Medical and sanitary report of the native army of Bengal for the year
Year: 1877
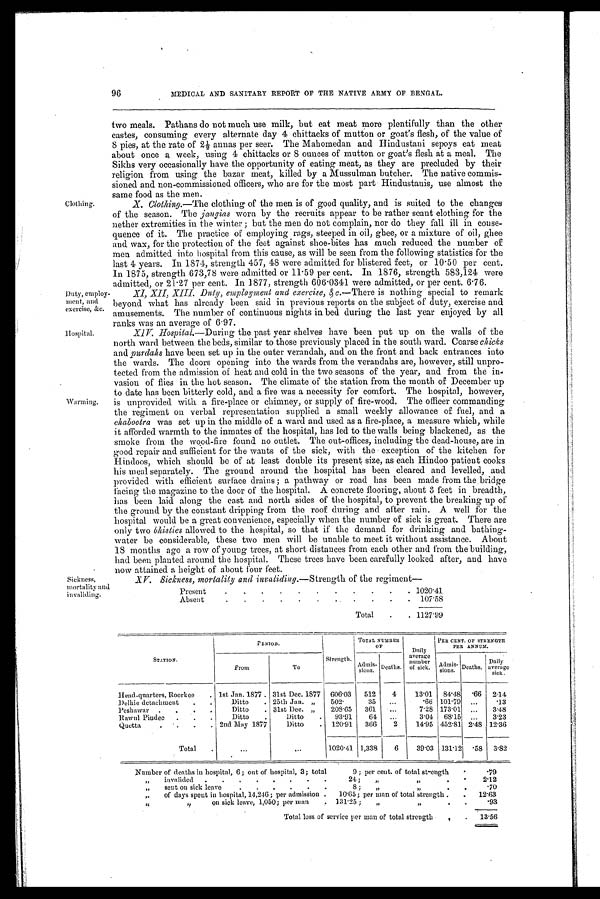
96
MEDICAL AND SANITARY REPORT OF THE NATIVE ARMY OF BENGAL.
Clothing.
Duty, employ-
ment, and
exercise, &c.
Hospital.
-Warming.
Sickness,
mortality and invaliding.
two meals. Pathans do not much use milk, but eat meat more plentifully than the other
c astes, consuming every alternate day 4 chittacks of mutton or goat's flesh, of the value of
8 pies, at the rate of 2½ annas per seer. The Mahomedan and Hindustani sepoys eat meat
about once a week, using 4 chittacks or 8 ounces of mutton or goat's flesh at a meal. The
Sikhs very occasionally have the opportunity of eating meat, as they are precluded by their
religion from using the bazar meat, killed by a Mussulman butcher. The native commis-
sioned and non-commissioned officers, who are for the most part Hindustanis, use almost the
same food as the men.
X. Clothing.—The clothing of the men is of good quality, and is suited to the changes
of the season. The jangias worn by the recruits appear to be rather scant clothing for the
nether extremities in the winter; but the men do not complain, nor do they fall ill in conse
quence of it. The practice of employing rags, steeped in oil, ghee, or a mixture of oil, ghee
and wax, for the protection of the feet against shoe-bites has much reduced the number of
men admitted into hospital from this cause, as will be seen from the following statistics for the
last 4 years. In 1874, strength 457, 48 were admitted for blistered feet, or 10 . 50 per cent.
In 1875, strength 673,78 were admitted or 11 . 59 per cent. In 1876, strength 583,124 were
idmitted, or 21 . 27 per cent. In 1877, strength 606 . 0341 were admitted, or per cent. 6.76.
XI, X11, XIII. Duty, employment and exercise, & c.—There is nothing special to remark
beyond what has already been said in previous reports on the subject of duty, exercise and
amusements. The number of continuous nights in bed during the last year enjoyed by all
ranks was an average of 6.97.
XIV.H o s p i t a l . — D u r i n g
t h e p a s t y e a r s h e l v e s h a v e b e e n p u t u p o n t h e w a l l s o f t h e
north ward between the beds, similar to those previously placed in the south ward. Coarse chicks
and purdahs have been set up in the outer verandah, and on the front and back entrances into
the wards. The doors opening into the wards from the verandahs are, however, still unpro-
tected from the admission of heat and cold in the two seasons of the year, and from the in-
vasion of flies in the hot season. The climate of the station from the month of December up
to date has been bitterly cold, and a fire was a necessity for comfort. The hospital, however,
is unprovided with a fire-place or chimney, or supply of fire-wood. The officer commanding
the regiment on verbal representation supplied a small weekly allowance of fuel, and a
chabootra was set up in the middle of a ward and used as a fire-place, a measure which, while
it afforded warmth to the inmates of the hospital, has led to the walls being blackened, as the
smoke from the wood-fire found no outlet. The out-offices, including the dead-house, are in
good repair and sufficient for the wants of the sick, with the exception of the kitchen for
Hindoos, which should be of at least double its present size, as each Hindoo patient cooks
his meal separately. The ground around the hospital has been cleared and levelled, and
provided with efficient surface drains; a pathway or road has been made from the bridge
facing the magazine to the door of the hospital. A concrete flooring, about 3 feet in breadth,
has been laid along the east and north sides of the hospital, to prevent the breaking up of
the ground by the constant dripping from the roof during and after rain. A well for the
hospital would be a great convenience, especially when the number of sick is great. There are
only two bhisties allowed to the hospital, so that if the demand for drinking and bathing-
water be considerable, these two men will be unable to meet it without assistance. About
18 months ago a row of young trees, at short distances from each other and from the building,
had been planted around the hospital. These trees have been carefully looked after, and have
now attained a height of about four feet.
XV. Sickness. mortality and invaliding.—Strength of the regiment
—
Present
1020.41
Absent
107.58
Total
1127.99
STATION.
PERIOD.
Strength.
TOTAL NUMBER
OF
Daily
average
number
of sick.
PER CENT. OF STRENGTH
PER ANNUM.
From
To
Admis-
sions. Deaths.
Admis sions. Deaths.
Daily
average
sick.
Head-quarters, Roorkee
1st Jan. 1877
31st Dec. 1877
606.03
512
4
13.01
84.48
.66 2.14
Delhie detachment
Ditto
25th Jan. „
502.
35
...
.66 101.79
...
.13
Peshawar
Ditto
31st Dec. „
205.65
361
...
7.28 173.01
...
3.48
Rawul Pindee
Ditto
Ditto
93.91
64
...
3.04
68.15
...
3.23
Quetta
2nd May 1877
Ditto
120.91
366
2
14.95 452.81 2.48 12.36
Total
...
...
1020.41 1,338
6
39.03 131.12
.58 3.82
Number of deaths in hospital, 6 ; out of hospital, 3; total
9 ; per cent. of total strength
.79
„
invalided
24;
„ „
2.12
„
sent on sick leave
8;
,,
„
.70
„
of days spent in hospital, 14,246; per admission
10.65; per man of total strength
12.63
„ „
on sick leave, 1,050; per man
131.25;
„ „
.93
Total loss of service per man of total strength .
13.56